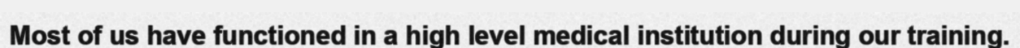
Most of us have functioned in a high level medical institution during our training.